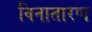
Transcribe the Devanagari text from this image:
विनातारण